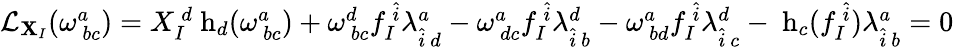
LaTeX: \begin{array}{r}{\mathcal{L}_{{\mathbf X}_{I}}(\omega_{~bc}^{a})={X}_{I}^{~d}\mathrm{{\mathbf~h}}_{d}(\omega_{~bc}^{a})+\omega_{~bc}^{d}f_{I}^{~\hat{i}}\lambda_{\hat{i}~d}^{a}-\omega_{~dc}^{a}f_{I}^{~\hat{i}}\lambda_{\hat{i}~b}^{d}-\omega_{~bd}^{a}f_{I}^{~\hat{i}}\lambda_{\hat{i}~c}^{d}-\mathrm{{\mathbf~h}}_{c}(f_{I}^{~\hat{i}})\lambda_{\hat{i}~b}^{a}=0}\end{array}